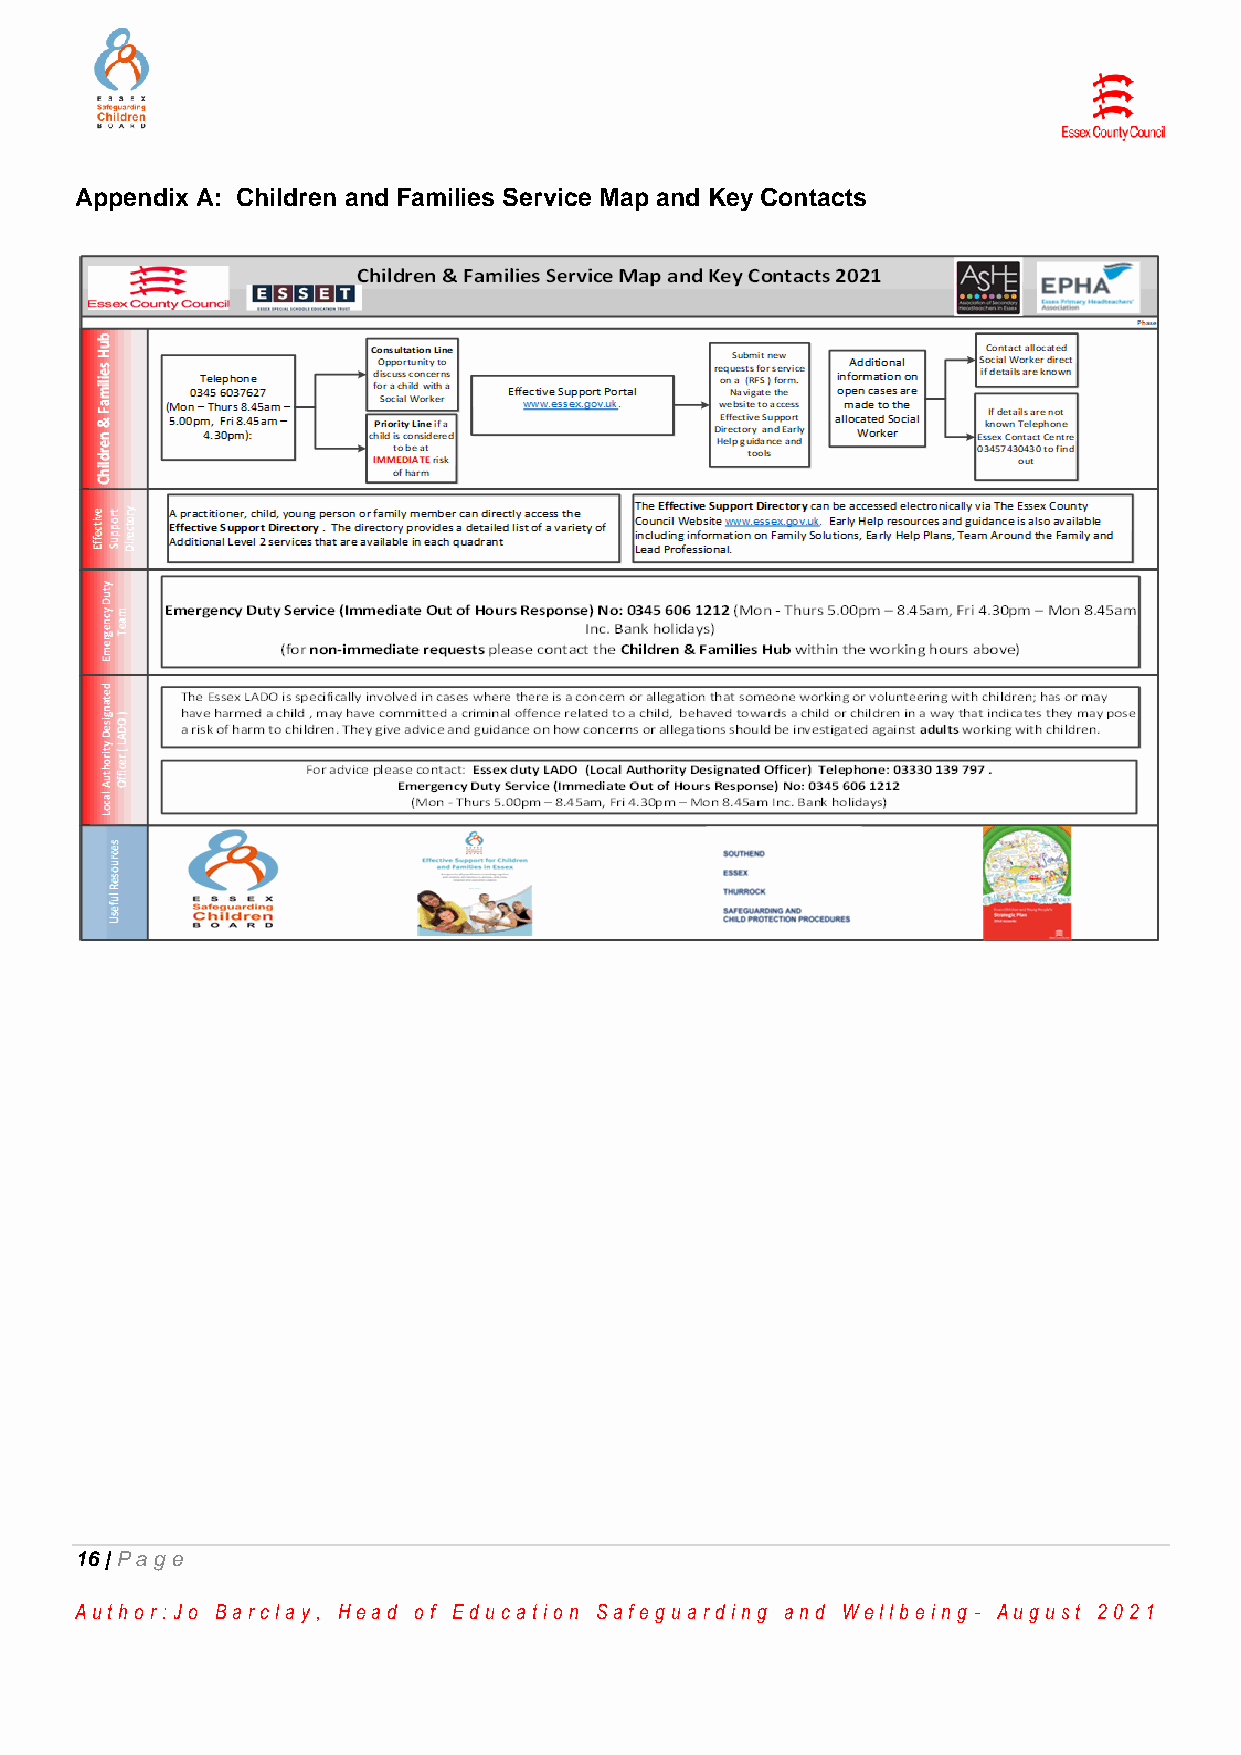
Appendix A: Children and Families Service Map and Key Contacts
 16 | Pa ge
 Au th o r :Jo Ba r cla y, He a d o f Ed u ca tio n Sa fe g u a r d in g a n d We llb e in g - Au g u st 2 0 2 1